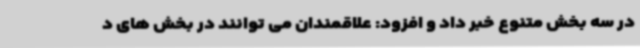
در سه بخش متنوع خبر داد و افزود: علاقمندان می توانند در بخش های د